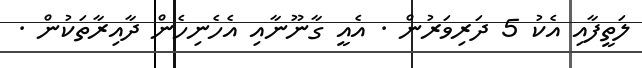
ލަތީފާއި އެކު 5 ދަރިވަރުން . އެއީ ގާނޫނާއި އެހެނިހެން ދާއިރާތަކުން .